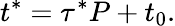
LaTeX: t^{*}=\tau^{*}P+t_{0}.